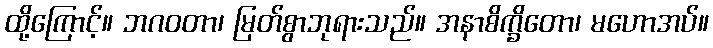
ထို့ကြောင့်။ ဘဂဝတာ၊ မြတ်စွာဘုရားသည်။ အနာစိက္ခိတော၊ မဟောအပ်။